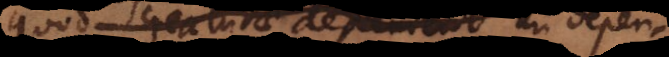
quod creaturae dependent in depen